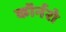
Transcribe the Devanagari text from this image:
कॉर्नरो